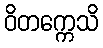
ဝိတက္ကေသိ